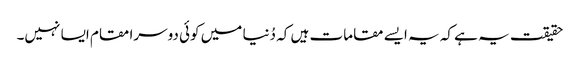
حقیقت یہ ہے کہ یہ ایسے مقامات ہیں کہ دُنیا میں کوئی دوسرا مقام ایسا نہیں۔